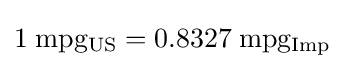
1\;{\rm {mpg_{US}={\rm {0.8327\;{\rm {mpg_{Imp}}}}}}}